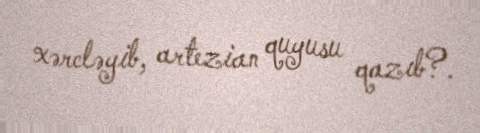
xərcləyib, artezian quyusu qazıb?.